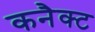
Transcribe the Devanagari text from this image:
कनैक्ट